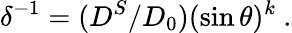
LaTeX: \delta^{-1}=(D^{S}/D_{0})(\sin\theta)^{k}\ .